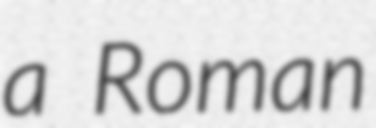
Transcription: a Roman